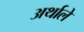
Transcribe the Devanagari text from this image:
अर्थाले